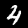
Label: 4